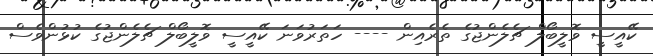
ކޭއީސީ ވޮލީބޯލް ޗެލެންޖުގެ ތެރެއިން ---- ހަތަރުވަނަ ކޭއީސީ ވޮލީބޯލް ޗެލެންޖުގެ ކުޅުންވެސް